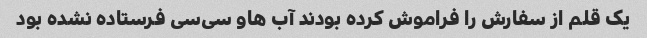
یک قلم از سفارش‌ را فراموش کرده بودند آب هاو سی‌سی فرستاده نشده بود